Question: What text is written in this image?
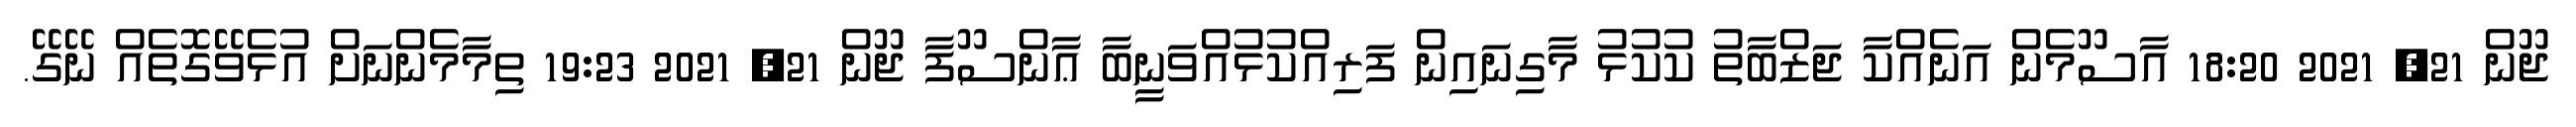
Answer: ޖޫން 21, 2021 18:20 އާސޫމެން އަނެއްކާ ޖަޒްބާތު ކުކުޅު މާގިނައިން ފަރިއްކުޅުއްވަނީބާ ޢާންސޫފާ ޖޫން 21, 2021 19:23 ތިމާމެންނަށް އުޅެވޭގޮތެއް ނޭގޭ.